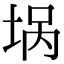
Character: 埚